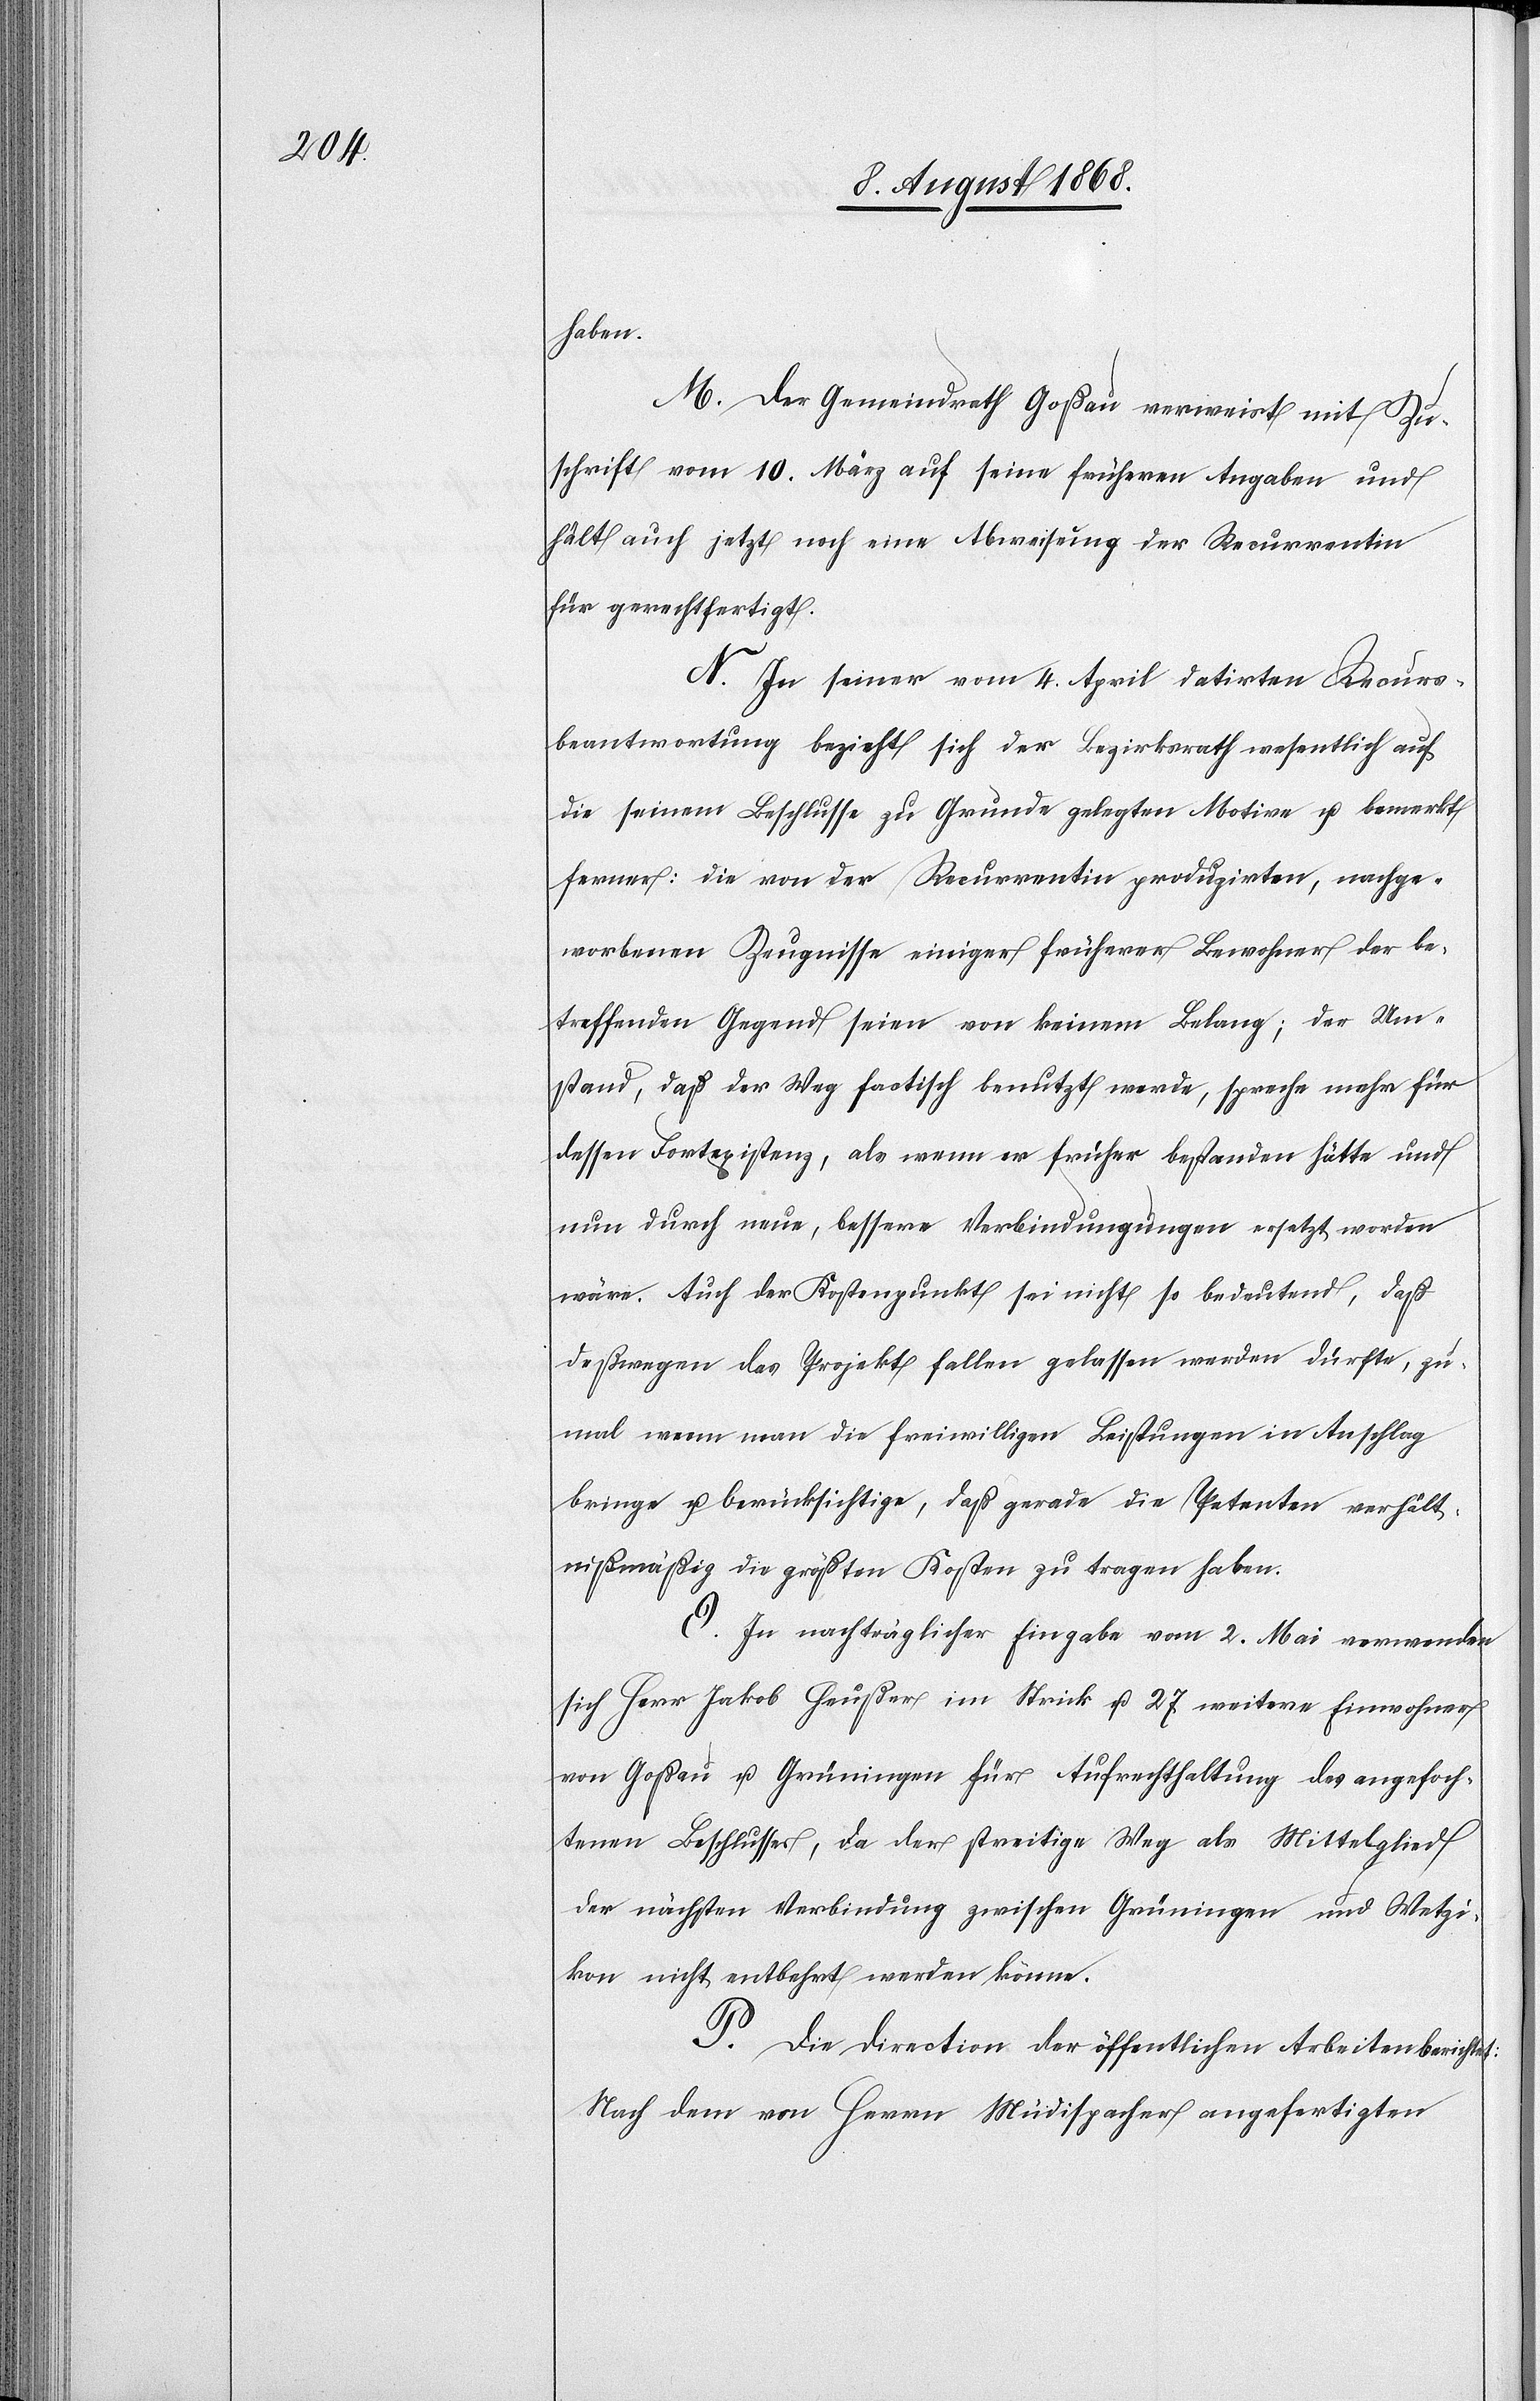
haben.
M. Der Gemeindrath Goßau verweist mit Zu¬
schrift vom 10. März auf seine früheren Angaben und
hält auch jetzt noch eine Abweisung der Recurrentin
für gerechtfertigt.
N. In seiner vom 4. April datirten Recurs¬
beantwortung bezieht sich der Bezirksrath wesentlich auf
die seinem Beschlusse zu Grunde gelegten Motive u. bemerkt
ferner: die von der Recurrentin produzirten, nachge¬
worbenen Zeugnisse einiger früherer Bewohner der be¬
treffenden Gegend seien von keinem Belang; der Um¬
stand, daß der Weg factisch benutzt werde, spreche mehr für
dessen Fortexistenz, als wenn er früher bestanden hätte und
nun durch neue, bessere Verbindungungen [sic!] ersetzt worden
wäre. Auch der Kostenpunkt sei nicht so bedeutend, daß
deßwegen das Projekt fallen gelassen werden dürfte, zu¬
mal wenn man die freiwilligen Leistungen in Anschlag
bringe u. berücksichtige, daß gerade die Petenten verhält¬
nißmäßig die größten Kosten zu tragen haben.
O. In nachträglicher Eingabe vom 2. Mai verwenden
sich Herr Jakob Heußer im Strick u. 27 weitere Einwohner
von Goßau u. Grüningen für Aufrechthaltung des angefoch¬
tenen Beschlusses, da der streitige Weg als Mittelglied
der nächsten Verbindung zwischen Grüningen und Wetzi¬
kon nicht entbehrt werden könne.
P. Die Direction der öffentlichen Arbeiten berichtet:
Nach dem von Herrn Müdispacher angefertigten